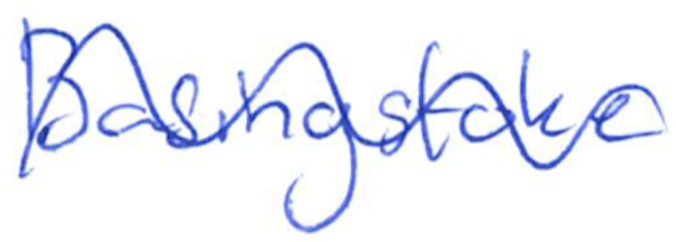
Text: Basingstoke
Cross-out: wave
Writing tool: ballpoint